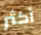
أكثر